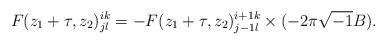
LaTeX: \begin{align*}F(z_1 +\tau ,z_2 )^{ik}_{jl}=-F(z_1 +\tau ,z_2 )^{i+1 k}_{j-1 l}\times (-2\pi \sqrt{-1}B). \end{align*}